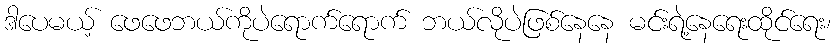
ဒါပေမယ့် ဖေဖေဘယ်ကိုပဲရောက်ရောက် ဘယ်လိုပဲဖြစ်နေနေ မင်းရဲ့နေရေးထိုင်ရေး၊